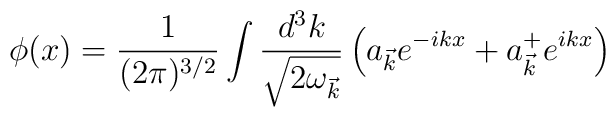
\phi (x) = \frac {1} {(2 \pi )^{3/2}} \int \frac {d^3 k}{\sqrt{2 {\omega}_{\vec{k}}}} \left( a_{\vec{k}} e^{-ikx} + a_{\vec{k}}^{+} e^{ikx}\right)